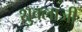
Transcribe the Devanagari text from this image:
शुक्लाजी